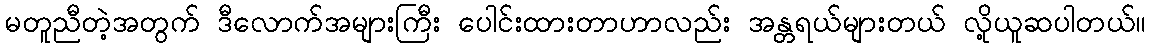
မတူညီတဲ့အတွက် ဒီလောက်အများကြီး ပေါင်းထားတာဟာလည်း အန္တရယ်များတယ် လို့ယူဆပါတယ်။